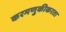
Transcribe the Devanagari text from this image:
करमणुकीकरता